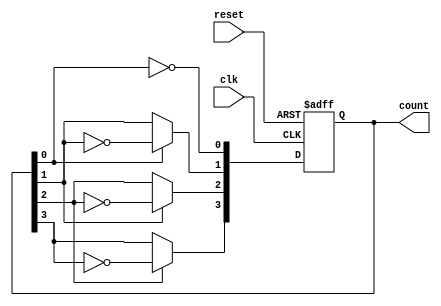
module async_ripple_counter (
    input wire clk,          // Clock input
    input wire reset,        // Asynchronous reset
    output reg [n-1:0] count // n-bit binary output
);
    parameter n = 4; // Number of flip-flops (bits)

    // Flip-flops for the counter
    reg [n-1:0] ff; // Internal flip-flop state

    always @(posedge clk or posedge reset) begin
        if (reset) begin
            ff <= 0; // Asynchronous reset
        end else begin
            ff[0] <= ~ff[0]; // Toggle FF0 on clock pulse
            ff[1] <= ff[0] ? ~ff[1] : ff[1]; // Toggle FF1 on FF0 falling edge
            ff[2] <= ff[1] ? ~ff[2] : ff[2]; // Toggle FF2 on FF1 falling edge
            ff[3] <= ff[2] ? ~ff[3] : ff[3]; // Toggle FF3 on FF2 falling edge
        end
    end

    // Assign the flip-flop state to the output count
    assign count = ff;

endmodule